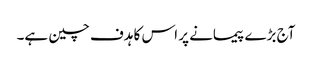
آج بڑے پیمانے پر اس کا ہدف چین ہے۔